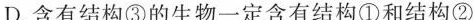
D.含有结构③的生物一定含有结构①和结构②